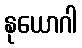
နုယောဂါ